V__Kingissepa_nim__kolhoos, lk 54
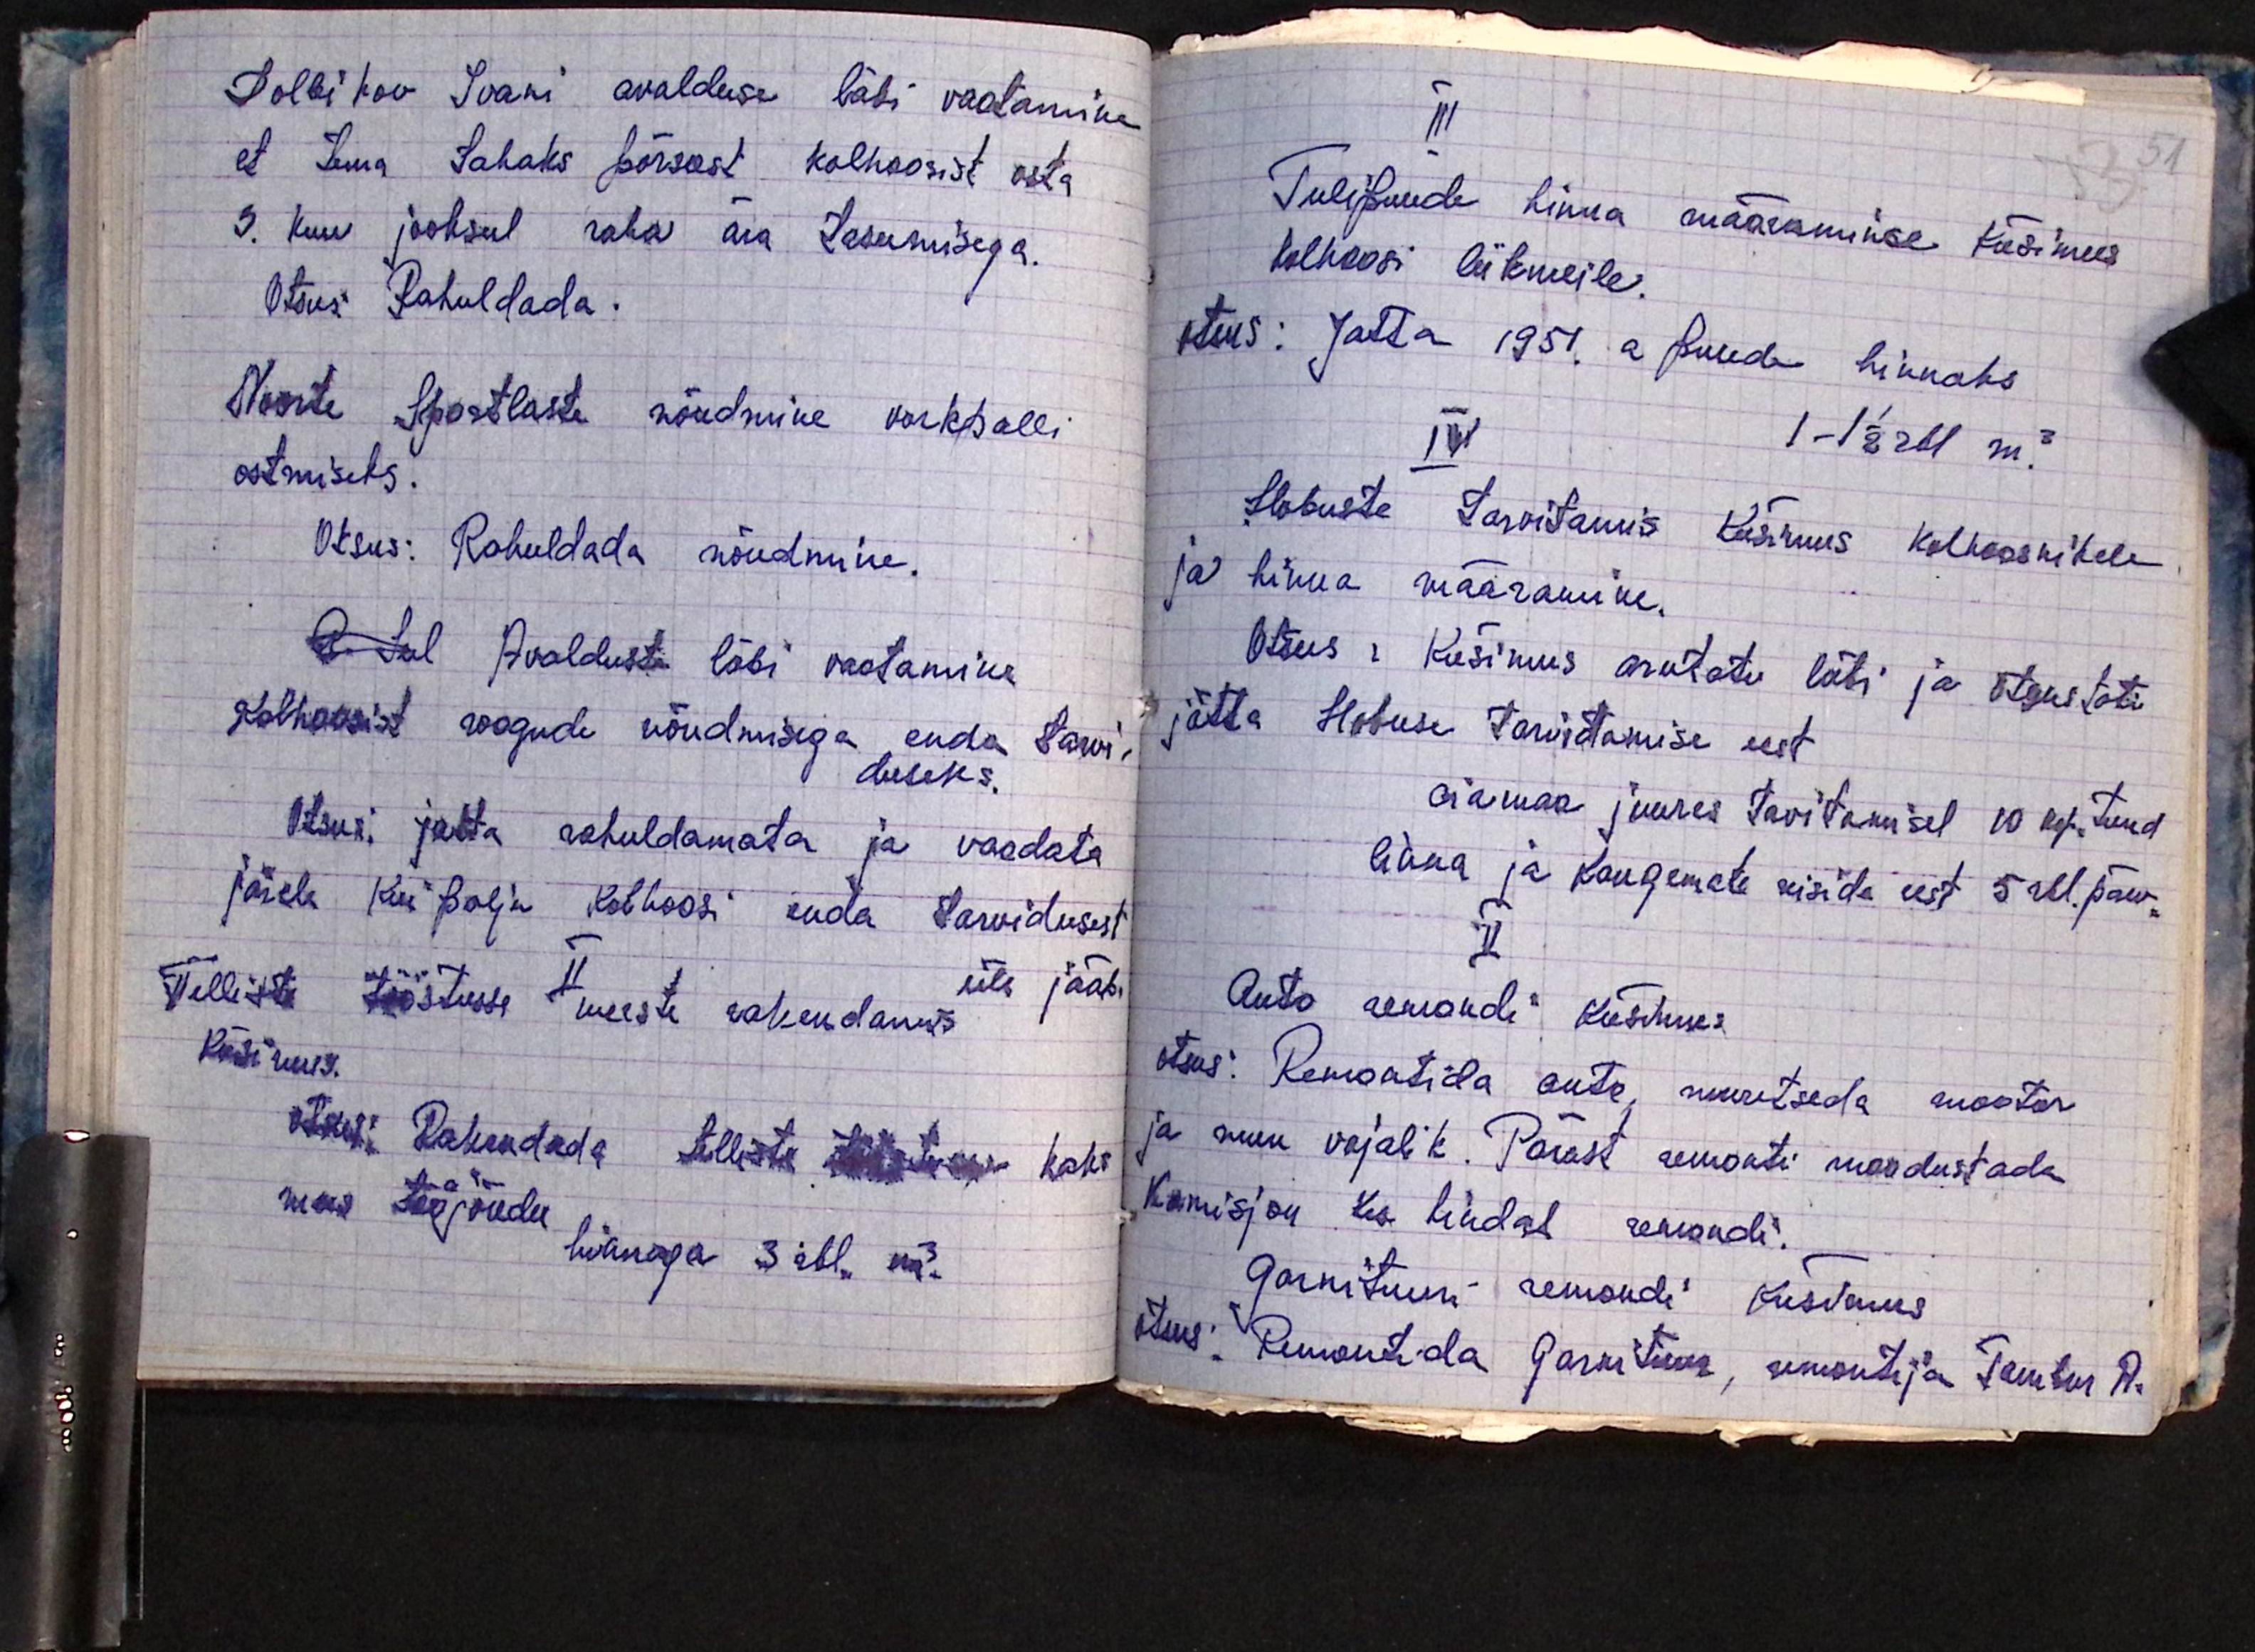
Dolbikov Ivani avalduse läbi vaatamine
et tema tahaks põrsast kolhoosist osta
3. kuu jooksul raha ära tasumisega.
Otsus: Rahuldada.
Noorte Sportlaste nõudmine vorkpalli
ostmiseks.
Otsus: Rahuldada nõudmine.
Avalduste läbi vaatamine
Kolhoosist roogude nõudmisega enda tarvi-
duseks.
Otsus: jatta rahuldamata ja vaadata
järele kui palju kolhoosi enda tarvidusest
üle jääb.
II
Telliste tööstusse meeste rakendamis
Küsimus.
Otsus: Rakendada telliste tööstusse kaks
mees tööjõudu
hinnaga 3 rbl. m3.

III
Tulipuude hinna määramise küsimus
Kolhoosi liikmeile.
otsus: Jatta 1951. a puude hinnaks
1-1 1/2 rbl m3.
IV
Hobuste tarvitamis küsimus kolhoosnikele
ja hinna määramine.
Otsus: Küsimus arutati läbi ja otsustati
jätta Hobuse tarvitamise eest
aiamaa juures tavitamisel 10 kop. tund
linna ja kaugemate reiside eest 5 rbl. päev.
V
Auto remondi küsimus
otsus: Remontida auto, muretseda mootor
ja muu vajalik. Pärast remonti moodustada
Komisjon kes hindab remondi.
Garnituuri remondi küsimus
Otsus: Remontida garnituur, remontija Tambur R.